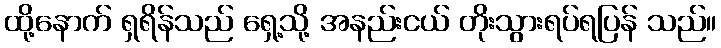
ထို့နောက် ရှရိန်သည် ရှေ့သို့ အနည်းငယ် တိုးသွားရပ်ရပြန် သည်။